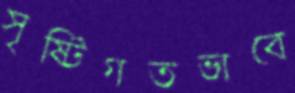
সৃষ্টিগতভাবে